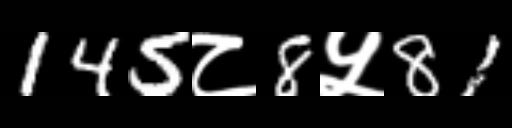
Text: 145८8५81